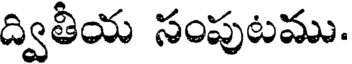
ద్వితీయ సంపుటము.